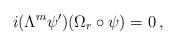
LaTeX: \begin{align*}i(\Lambda^m\psi^\prime)(\Omega_r \circ \psi) = 0 \, ,\end{align*}